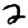
Digit: 2